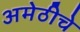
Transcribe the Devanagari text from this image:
अमेठीचे